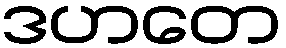
ဒဟတေ